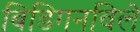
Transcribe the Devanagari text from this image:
बिडिगनविले